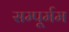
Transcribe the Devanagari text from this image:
सम्पूर्मम